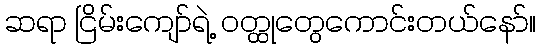
ဆရာ ငြိမ်းကျော်ရဲ့ ဝတ္ထုတွေကောင်းတယ်နော်။